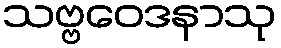
သဗ္ဗဝေဒနာသု